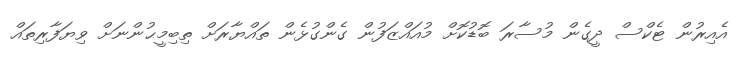
އެއިރުން ޓެކްސް ދީގެން މުސާރަ ބޮޑުކޮށް މުއައްޒަފުން ގެންގުޅެން ތައްޔާރަށް ތިބިމީޙުންނަށް ވިޔަފާރިތައް